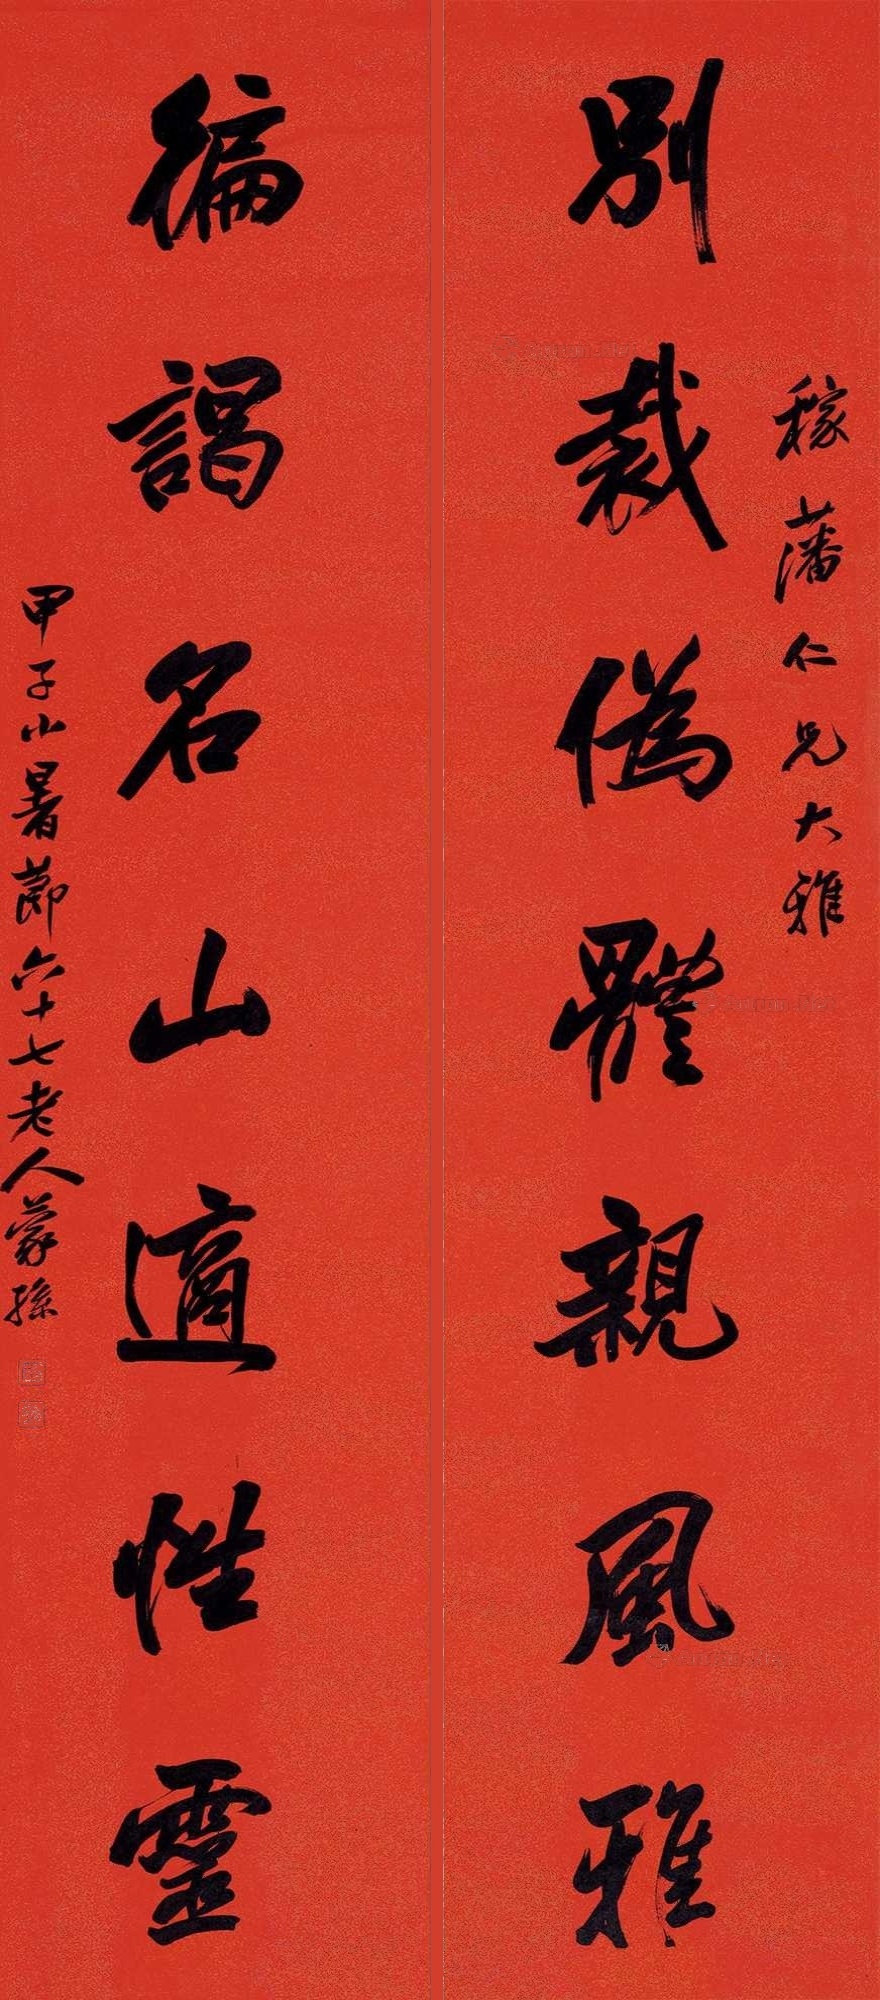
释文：遍谒名山适性灵，别裁为体亲风雅。稼藩仁兄大雅，甲子小暑节六十七老人蒙孙。